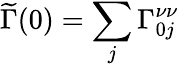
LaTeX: \widetilde\Gamma(0)=\sum_{j}\Gamma_{0j}^{\nu\nu}